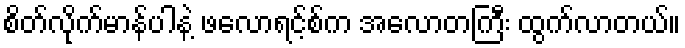
စိတ်လိုက်မာန်ပါနဲ့ ဖလောရင့်စ်က အလောတကြီး ထွက်လာတယ်။